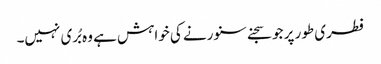
فطری طور پر جو سجنے سنورنے کی خواہش ہے وہ بُری نہیں۔